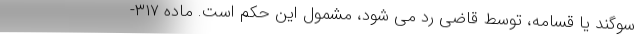
سوگند یا قسامه، توسط قاضی رد می شود، مشمول این حکم است. ماده ۳۱۷-